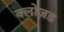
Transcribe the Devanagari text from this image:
क्लोज़ड